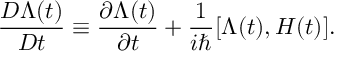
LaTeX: \frac { { \cal D } \Lambda ( t ) } { { \cal D } t } \equiv \frac { \partial \Lambda ( t ) } { \partial t } + \frac { 1 } { i \hbar } [ \Lambda ( t ) , H ( t ) ] .